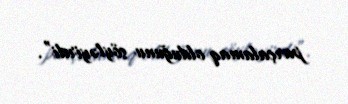
parçalamaq olduğunu söyləyirdi”.